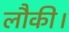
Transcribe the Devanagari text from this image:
लौकी।